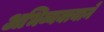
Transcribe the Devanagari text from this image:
अभिव्यक्त्याने